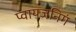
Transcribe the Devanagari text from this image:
प्वायजनिगं